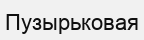
Пузырьковая